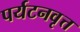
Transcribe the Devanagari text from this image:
पर्यटनवृत्त